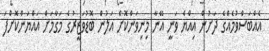
އެއްބަސްވުމެއްގެ ދަށުން އިއްޔެ ވަނީ އޭނާ މިނިވަންކޮށް އަލުން ބޮޑުވަޒީރުގެ މަގާމަށް އައްޔަންކޮށްފަ